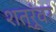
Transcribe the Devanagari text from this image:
शत्रूंवर